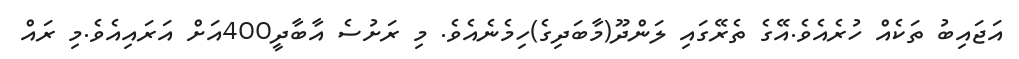
އަޖައިބު ތަކެއް ހުރެއެވެ.އޭގެ ތެރޭގައި ލަންދޫ(މާބަދިގެ)ހިމެނެެެއެވެ. މި ރަށުސެ އާބާދީ400އަށް އަރައިއެވެ.މި ރައް